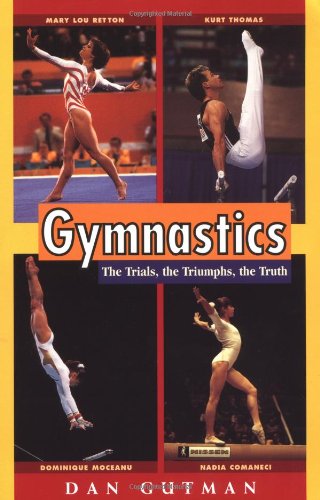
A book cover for Gymnastics: The Trials, the Triumphs, the Truth (Puffin Nonfiction); Dan Gutman; Sports & Outdoors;